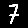
Digit: 7